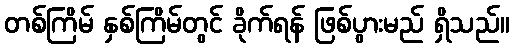
တစ်ကြိမ် နှစ်ကြိမ်တွင် ခိုက်ရန် ဖြစ်ပွားမည် ရှိသည်။